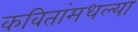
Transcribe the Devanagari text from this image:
कवितांमधल्या